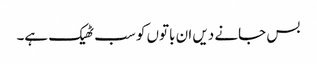
بس جانے دیں ان باتوں کو سب ٹھیک ہے۔